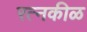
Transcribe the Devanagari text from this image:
रत्नकीळ